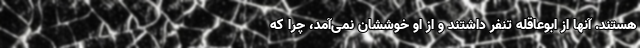
هستند. آنها از ابوعاقله تنفر داشتند و از او خوششان نمی‌‌آمد، چرا که